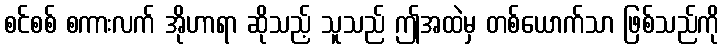
စင်စစ် စကားလက် အိုဟာရာ ဆိုသည့် သူသည် ဤအထဲမှ တစ်ယောက်သာ ဖြစ်သည်ကို